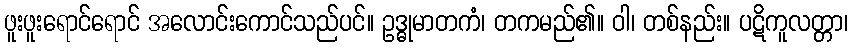
ဖူးဖူးရောင်ရောင် အလောင်းကောင်သည်ပင်။ ဥဒ္ဓုမာတကံ၊ တကမည်၏။ ဝါ၊ တစ်နည်း။ ပဋိကူလတ္တာ၊